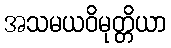
အသမယဝိမုတ္တိယာ